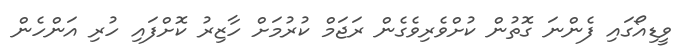
ވީޑިއޯގައި ފެންނަ ގޮތުން ކުށްވެރިވެގެން ރަޖަމް ކުރުމަށް ހާޒިރު ކޮށްފައި ހުރި އަންހެން